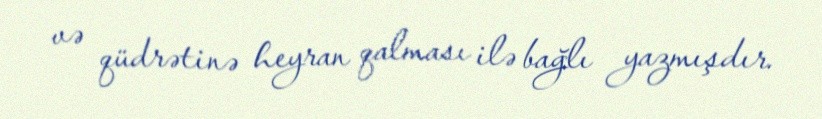
və qüdrətinə heyran qalması ilə bağlı yazmışdır.